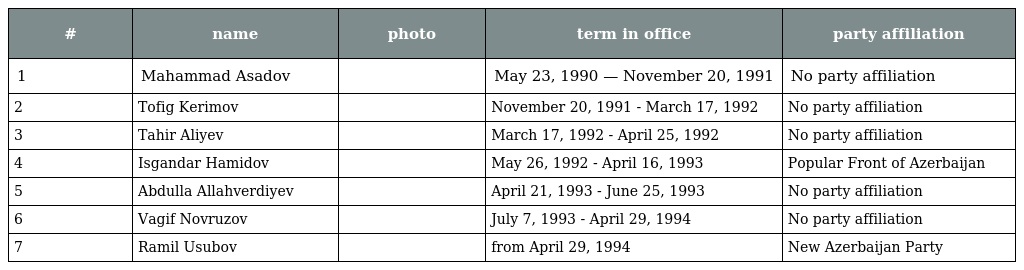
| # | name | photo | term in office | party affiliation |
 | --- | --- | --- | --- | --- |
 | 1 | Mahammad Asadov |  | May 23, 1990 — November 20, 1991 | No party affiliation |
 | 2 | Tofig Kerimov |  | November 20, 1991 - March 17, 1992 | No party affiliation |
 | 3 | Tahir Aliyev |  | March 17, 1992 - April 25, 1992 | No party affiliation |
 | 4 | Isgandar Hamidov |  | May 26, 1992 - April 16, 1993 | Popular Front of Azerbaijan |
 | 5 | Abdulla Allahverdiyev |  | April 21, 1993 - June 25, 1993 | No party affiliation |
 | 6 | Vagif Novruzov |  | July 7, 1993 - April 29, 1994 | No party affiliation |
 | 7 | Ramil Usubov |  | from April 29, 1994 | New Azerbaijan Party |